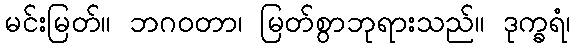
မင်းမြတ်။ ဘဂဝတာ၊ မြတ်စွာဘုရားသည်။ ဒုက္ခရံ၊